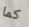
كما